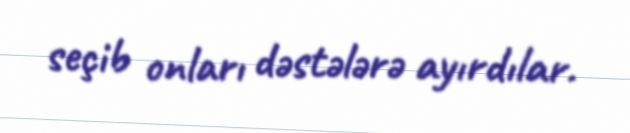
seçib onları dəstələrə ayırdılar.